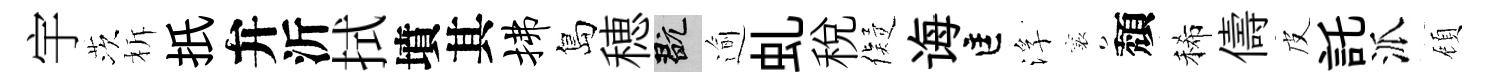
宇茨柝扺弁沂拭墳其拂島穂玩逾虬税儗诲匡浮襄頽稀儔皮託派頋